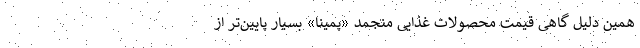
همین دلیل گاهی قیمت محصولات غذایی منجمد «پمینا» بسیار پایین‌تر از